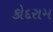
કોદરામ